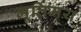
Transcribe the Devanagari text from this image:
मूर्तिमय